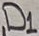
Text: D1